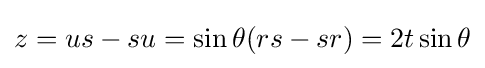
z=us-su=\sin \theta (rs-sr)=2t\sin \theta